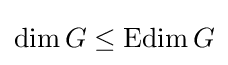
\dim G\leq \operatorname {Edim} G